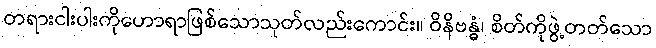
တရားငါးပါးကိုဟောရာဖြစ်သောသုတ်လည်းကောင်း။ ဝိနိဗန္ဓံ၊ စိတ်ကိုဖွဲ့တတ်သော